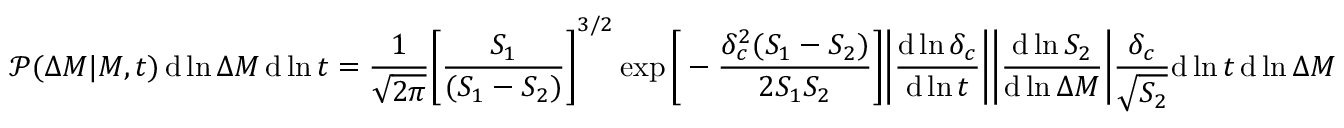
{ \mathcal { P } } ( \Delta M | M , t ) \operatorname { d } \ln \Delta M \operatorname { d } \ln t = { \frac { 1 } { \sqrt { 2 \pi } } } { \Bigg [ } { \frac { S _ { 1 } } { ( S _ { 1 } - S _ { 2 } ) } } { \Bigg ] } ^ { 3 / 2 } \exp { \Bigg [ } - { \frac { \delta _ { c } ^ { 2 } ( S _ { 1 } - S _ { 2 } ) } { 2 S _ { 1 } S _ { 2 } } } { \Bigg ] } { \Bigg | } { \frac { \operatorname { d } \ln \delta _ { c } } { \operatorname { d } \ln t } } { \Bigg | } { \Bigg | } { \frac { \operatorname { d } \ln S _ { 2 } } { \operatorname { d } \ln \Delta M } } { \Bigg | } { \frac { \delta _ { c } } { \sqrt { S _ { 2 } } } } \mathrm { d } \ln t \, \mathrm { d } \ln \Delta M